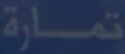
تماراة